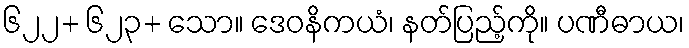
၆၂၂+ ၆၂၃+ သော။ ဒေဝနိကယံ၊ နတ်ပြည့်ကို။ ပဏီဓာယ၊